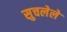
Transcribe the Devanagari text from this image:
सुचलेले